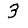
Digit: 3